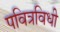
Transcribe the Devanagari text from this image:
पवित्रविधी